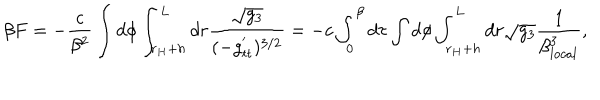
\beta F = - \frac { c } { \beta ^ { 2 } } \int d \phi \int _ { r _ { H } + h } ^ { L } d r \frac { \sqrt { g _ { 3 } } } { ( - g _ { t t } ^ { ' } ) ^ { 3 / 2 } } = - c \int _ { 0 } ^ { \beta } d \tau \int d \phi \int _ { r _ { H } + h } ^ { L } d r \sqrt { g _ { 3 } } \frac { 1 } { \beta _ { l o c a l } ^ { 3 } } ,